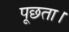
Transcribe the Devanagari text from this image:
पूछता।